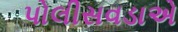
પોલીસવડાએ